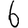
Digit: 6